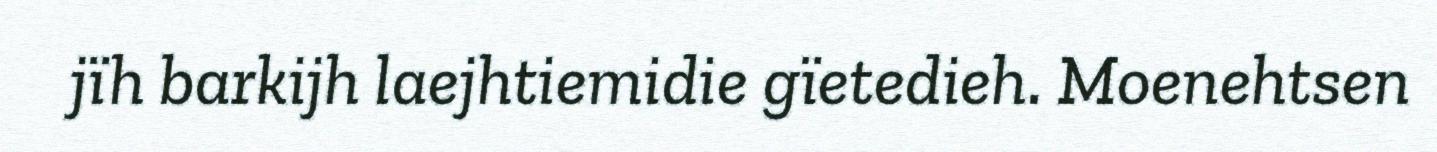
jïh barkijh laejhtiemidie gïetedieh. Moenehtsen